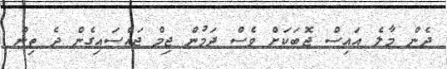
ދެން މާލެ އައިސް ޖޮބަކަށް ވެސް ދަމުން ޖިމް ޖައްސައިގެން ދެ ތިން